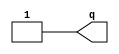
module vfebcfe_vb2eccd (
    output q  
);
assign q = 1'b1; 
endmodule